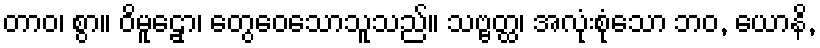
တာဝ၊ စွာ။ ဝိမူဠှော၊ တွေဝေသောသူသည်။ သဗ္ဗတ္ထ၊ အလုံးစုံသော ဘဝ, ယောနိ,